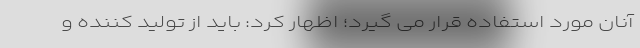
آنان مورد استفاده قرار می گیرد؛ اظهار کرد: باید از تولید کننده و